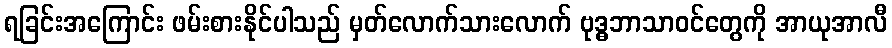
ရခြင်းအကြောင်း ဖမ်းစားနိုင်ပါသည် မှတ်လောက်သားလောက် ဗုဒ္ဓဘာသာဝင်တွေကို အာယုအာလီ